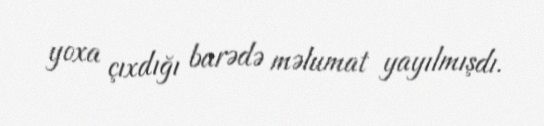
yoxa çıxdığı barədə məlumat yayılmışdı.